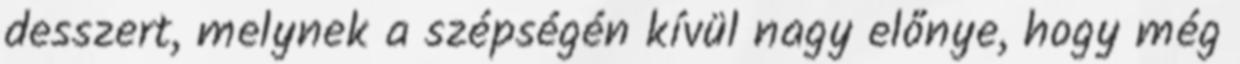
desszert, melynek a szépségén kívül nagy előnye, hogy még